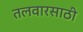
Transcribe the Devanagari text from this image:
तलवारसाठी